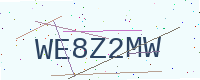
Text: WE8Z2MW